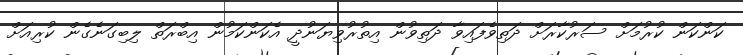
ކަންކަން ކުރުމަށް ސަރުކާރަށް ދަތިވެފައިވާ ދަތިވުން އިތުރުވިޔަނުދީ އެކަންކަމުން އިބްރަތް ލިބިގަނެގެން ކުރިއަށް